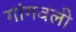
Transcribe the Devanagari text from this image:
गांगवली